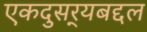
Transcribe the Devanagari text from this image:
एकदुसर्‍यबद्दल